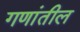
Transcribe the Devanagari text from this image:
गणांतील